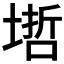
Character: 𡏥